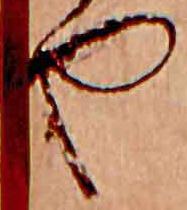
や